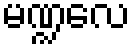
မဏ္ဍလေ